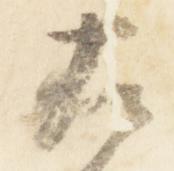
左